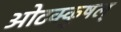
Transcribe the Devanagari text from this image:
ओटक्कुषल्